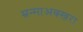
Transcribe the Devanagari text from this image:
म्रन्माअक्खरा